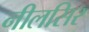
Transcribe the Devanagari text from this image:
नीलसिर